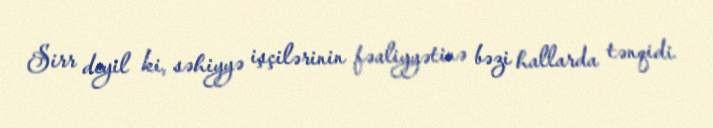
Sirr deyil ki, səhiyyə işçilərinin fəaliyyətinə bəzi hallarda tənqidi